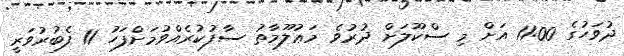
ދުވަހުގެ 11:00 އަށް މި ސްކޫލަށް ދުރުވެ މަޢުލޫމާތު ސާފުކުރެއްވުމަށްފަހު 11 ފެބުރުވަރީ